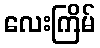
လေးကြိမ်